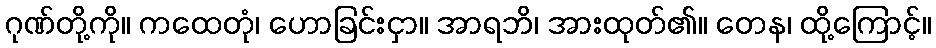
ဂုဏ်တို့ကို။ ကထေတုံ၊ ဟောခြင်းငှာ။ အာရဘိ၊ အားထုတ်၏။ တေန၊ ထို့ကြောင့်။